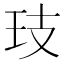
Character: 𭸷